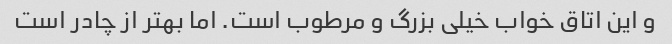
و این اتاق خواب خیلی بزرگ و مرطوب است. اما بهتر از چادر است